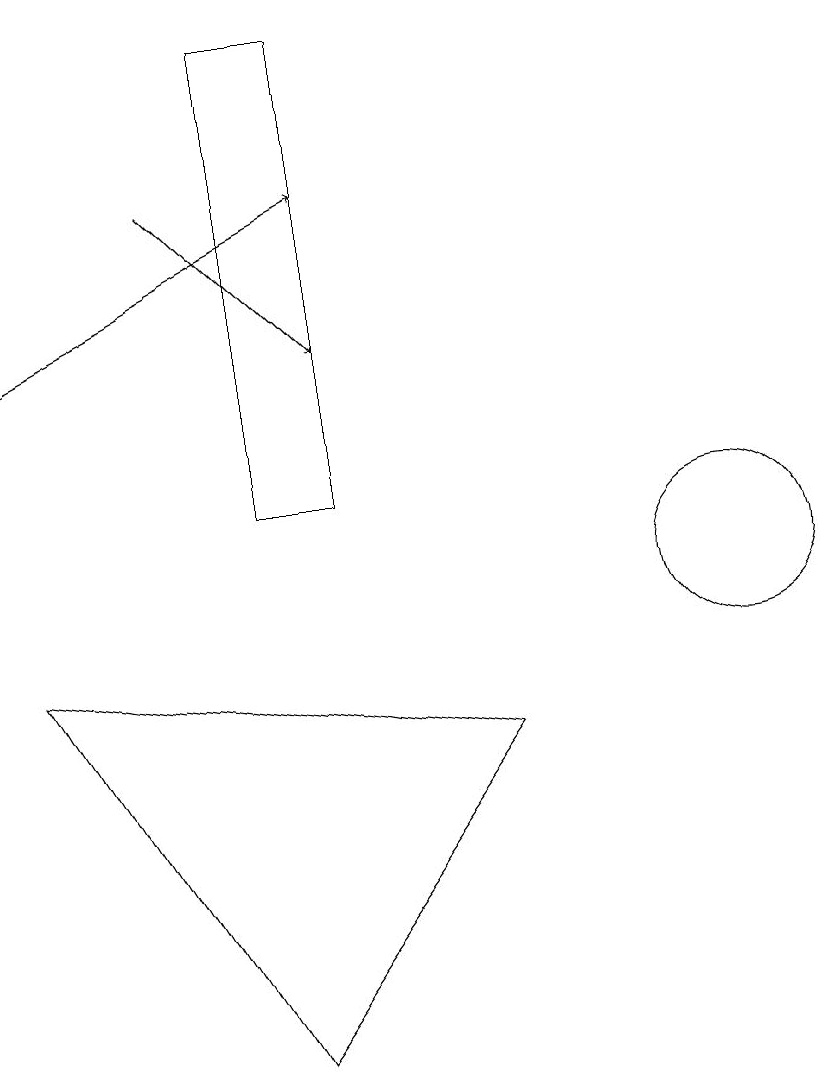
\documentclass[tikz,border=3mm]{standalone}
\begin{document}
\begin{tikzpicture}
\draw (12,10) circle (1);
\draw[->] (3,13) -- (7,15);
\draw (7,11) rectangle (6,17);
\draw (3,9) -- (6,4) -- (9,8) -- cycle;
\draw[->] (5,15) -- (7,13);
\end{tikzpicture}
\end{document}